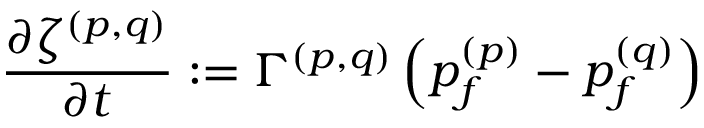
\frac { \partial { \zeta ^ { ( p , q ) } } } { \partial { t } } : = \Gamma ^ { ( p , q ) } \left( p _ { f } ^ { ( p ) } - p _ { f } ^ { ( q ) } \right)